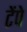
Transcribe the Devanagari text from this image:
टेंपे